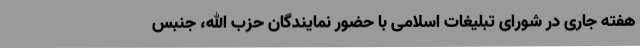
هفته جاری در شورای تبلیغات اسلامی با حضور نمایندگان حزب الله، جنبس